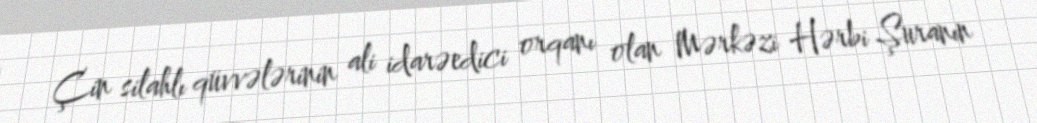
Çin silahlı qüvvələrinin ali idarəedici orqanı olan Mərkəzi Hərbi Şuranın